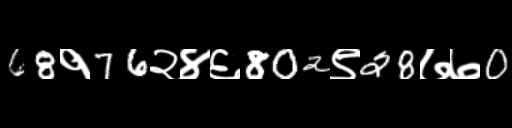
Text: 68१76२४६802९28७७0